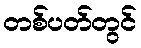
တစ်ပတ်တွင်